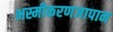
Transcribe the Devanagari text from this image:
भस्मीकरणजापान